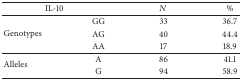
| <COLSPAN=2> IL-10 | N | % |
 | --- | --- | --- | --- |
 | <ROWSPAN=3> Genotypes | GG | 33 | 36.7 |
 | AG | 40 | 44.4 |
 | AA | 17 | 18.9 |
 | <ROWSPAN=2> Alleles | A | 86 | 41.1 |
 | G | 94 | 58.9 |